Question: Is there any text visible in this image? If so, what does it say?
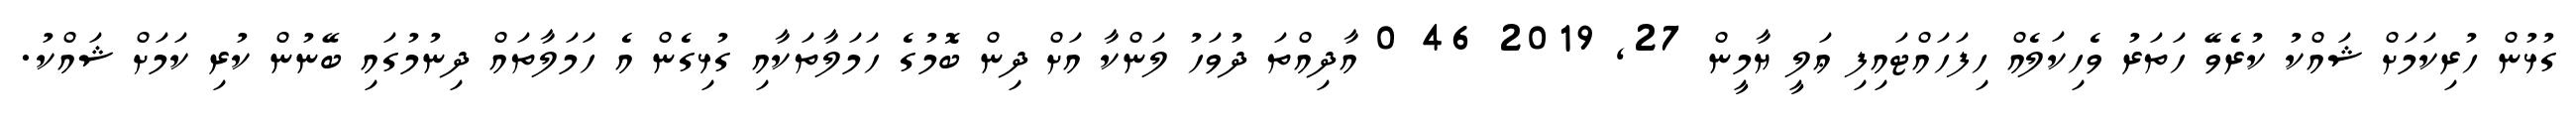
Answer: ގުޅުން ހުރިކަމަށް ޝައްކު ކުރެވޭ ހަތަރު ވެހިކަލެއް ހިފަހައްޓައިފި ޢަލީ ޔާމީން 27, 2019 46 0 އާދިއްތަ ދުވަހު ލަންކާ އަށް ދިން ބޮމުގެ ހަމަލާތަކާއި ގުޅިގެން އެ ހަމަލާތައް ދިނުމުގައި ބޭނުން ކުރި ކަމަށް ޝައްކު.